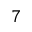
^ 7